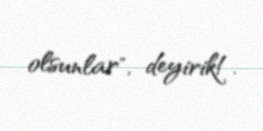
olsunlar", deyirik!.